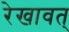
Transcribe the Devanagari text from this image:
रेखावत्‌